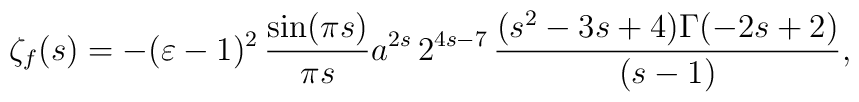
\zeta_{f}(s) =  -(\varepsilon - 1)^2 \,\frac{\sin(\pi  s)}{\pi s} a^{2s}\,2^{4s-7}\, \frac{(s^2-3s+4)\Gamma(-2s+2)}{(s-1)} ,